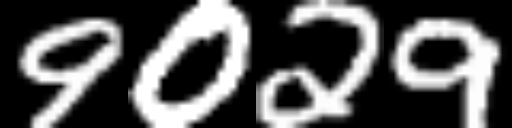
Text: 9029